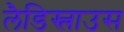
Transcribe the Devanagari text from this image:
लैडिस्लाउस